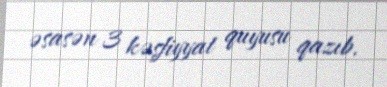
əsasən 3 kəşfiyyat quyusu qazıb.